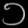
Digit: ၁